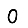
Digit: 0